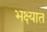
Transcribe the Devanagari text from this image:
भक्ष्यात